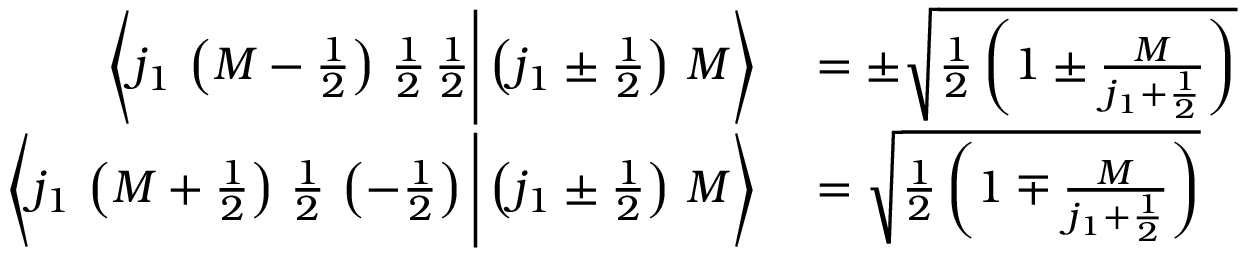
\begin{array} { r l } { \left\langle j _ { 1 } \, \left( M - { \frac { 1 } { 2 } } \right) \, { \frac { 1 } { 2 } } \, { \frac { 1 } { 2 } } { \Bigg | } \left( j _ { 1 } \pm { \frac { 1 } { 2 } } \right) \, M \right\rangle } & { { } = \pm { \sqrt { { \frac { 1 } { 2 } } \left( 1 \pm { \frac { M } { j _ { 1 } + { \frac { 1 } { 2 } } } } \right) } } } \\ { \left\langle j _ { 1 } \, \left( M + { \frac { 1 } { 2 } } \right) \, { \frac { 1 } { 2 } } \, \left( - { \frac { 1 } { 2 } } \right) { \Bigg | } \left( j _ { 1 } \pm { \frac { 1 } { 2 } } \right) \, M \right\rangle } & { { } = { \sqrt { { \frac { 1 } { 2 } } \left( 1 \mp { \frac { M } { j _ { 1 } + { \frac { 1 } { 2 } } } } \right) } } } \end{array}